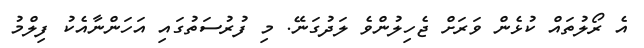
އެ ރޯލުތައް ކުޅެން ވަރަށް ޖެހިލުންވެ ލަދުގަނޭ. މި ފުރުސަތުގައި އަހަންނާއެކު ފިލްމު